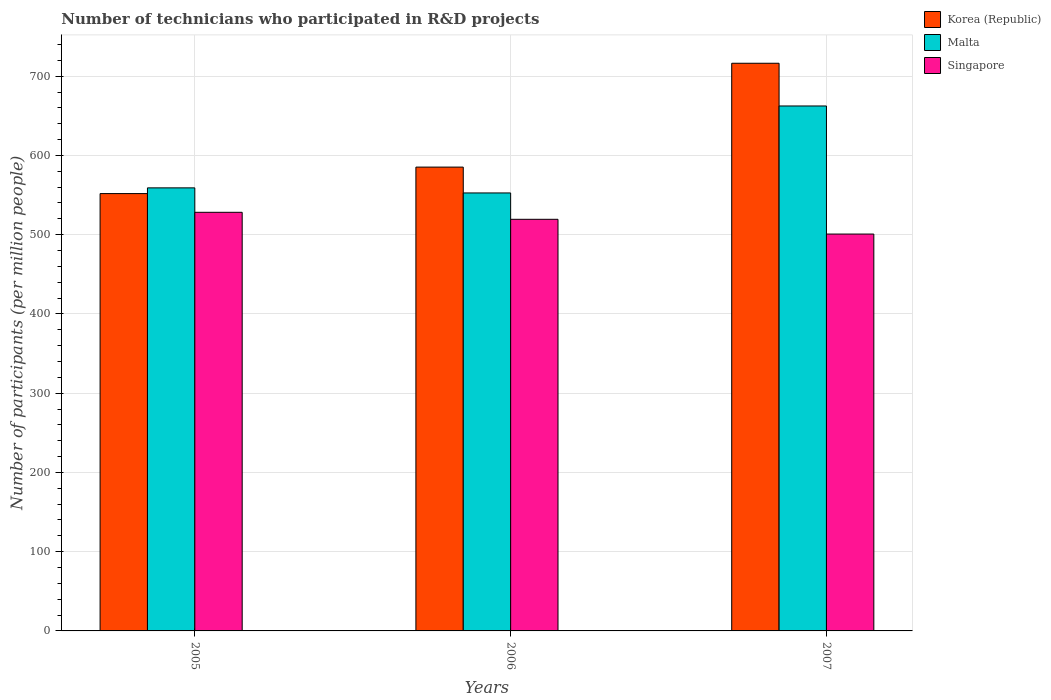
| Years | Korea (Republic) | Malta | Singapore |
 | --- | --- | --- | --- |
 | 2005 | 552 | 559 | 528 |
 | 2006 | 585 | 553 | 519 |
 | 2007 | 716 | 662 | 501 |